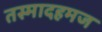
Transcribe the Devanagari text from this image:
तस्मादहमज